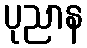
ပုညာန